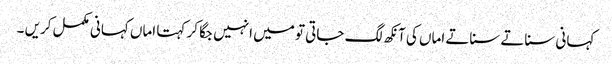
کہانی سناتے سناتے اماں کی آنکھ لگ جاتی تو میں انہیں جگا کر کہتا اماں کہانی مکمل کریں ۔